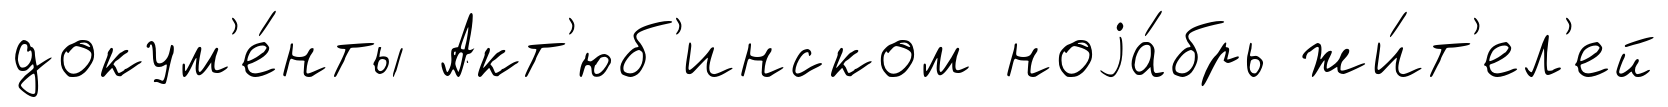
докум'е́нты Акт'юб'инском ноjа́брь жи́т'ел'ей